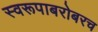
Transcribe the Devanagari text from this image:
स्वरूपाबरोबरच